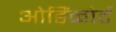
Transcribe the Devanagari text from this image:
ओडिंकोर्ट